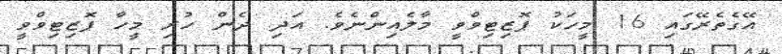
އޭގެތެރޭގައި 16 މީހަކު ޕޮޒިޓިވްވީ މާލެއިންނެވެ. އަދި ދެން ހުރި މީހާ ޕޮޒިޓިވްވީ